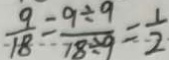
\frac { 9 } { 1 8 } = \frac { 9 \div 9 } { 7 8 \div 9 } = \frac { 1 } { 2 }